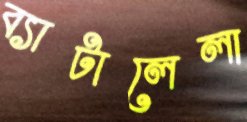
ব্যাটালেলা